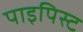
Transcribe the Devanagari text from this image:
पाइपिस्ट